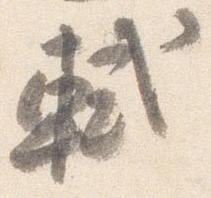
軾